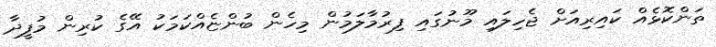
ތަންކޮޅެއް ކައިރިއަށް ޖެހިލައި މޫނުގައި ފިރުމާލަމުން މިހެން ބުންޏެއްކަމަކު އޭގެ ކުރިން މުފީދާ